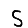
Digit: 5